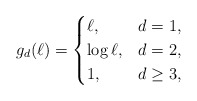
\begin{align*}g_d (\ell) = \begin{cases}\ell, &d=1,\\\log \ell, &d=2,\\1, &d \geq 3,\end{cases}\end{align*}